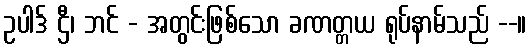
ဥပါဒ် ဌီ၊ ဘင် - အတွင်းဖြစ်သော ခဏတ္တယ ရုပ်နာမ်သည် --။